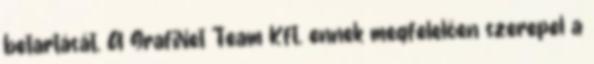
betartását. A GrafiNet Team Kft. ennek megfelelően szerepel a